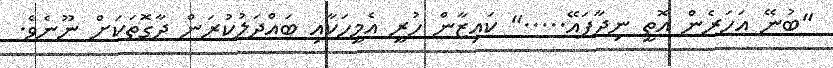
"ބުނޭ އަހަރެން އޮތީ ނިދާފައޭ....." ކައިޒާން ހުރީ އެމީހަކާއި ބައްދަލުކުރަން ދާގޮތަކަށް ނޫނެވެ.